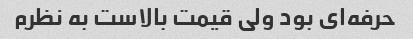
حرفه‌ای بود ولی قیمت بالاست به نظرم